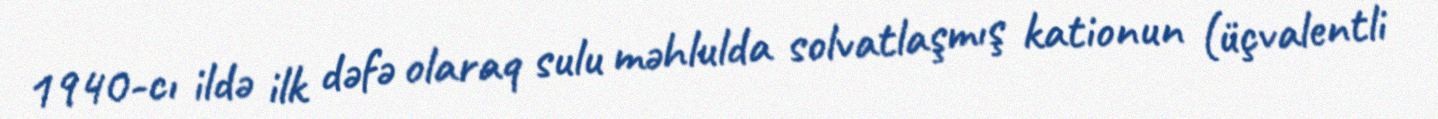
1940-cı ildə ilk dəfə olaraq sulu məhlulda solvatlaşmış kationun (üçvalentli